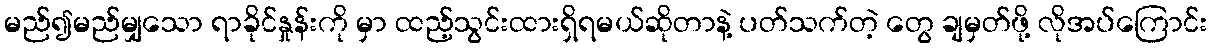
မည်၍မည်မျှသော ရာခိုင်နှုန်းကို မှာ ထည့်သွင်းထားရှိရမယ်ဆိုတာနဲ့ ပတ်သက်တဲ့ တွေ ချမှတ်ဖို့ လိုအပ်ကြောင်း